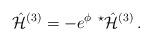
LaTeX: \begin{align*}\hat{\cal H}^{(3)} =-e^{\phi}\ {}^{\star}\hat{\cal H}^{(3)}\, .\end{align*}